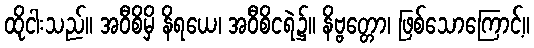
ထိုငါးသည်။ အဝီစိမှိ နိရယေ၊ အဝီစိငရဲ၌။ နိဗ္ဗတ္တော၊ ဖြစ်သောကြောင့်။